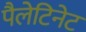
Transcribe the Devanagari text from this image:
पैलेटिनेट